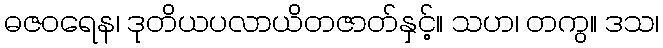
ဓဇဝရေန၊ ဒုတိယပလာယိတဇာတ်နှင့်။ သဟ၊ တကွ။ ဒသ၊